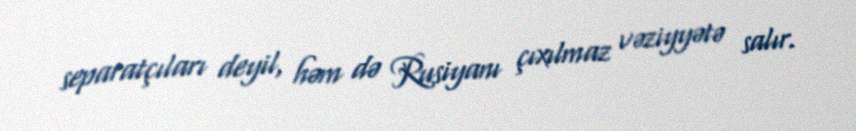
separatçıları deyil, həm də Rusiyanı çıxılmaz vəziyyətə salır.